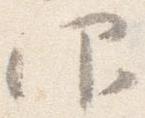
仰